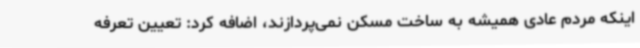
اینکه مردم عادی همیشه به ساخت مسکن نمی‌پردازند، اضافه کرد: تعیین تعرفه